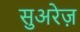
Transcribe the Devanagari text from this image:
सुअरेज़